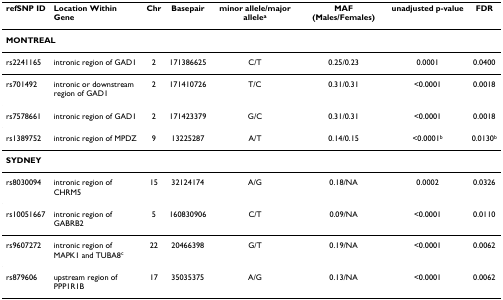
<table><thead><tr><td><b>refSNP ID</b></td><td><b>Location Within Gene</b></td><td><b>Chr</b></td><td><b>Basepair</b></td><td><b>minor allele/major allele<sup>a</sup></b></td><td><b>MAF (Males/Females)</b></td><td><b>unadjusted p-value</b></td><td><b>FDR</b></td></tr></thead><tbody><tr><td colspan="8"><b>MONTREAL</b></td></tr><tr><td>rs2241165</td><td>intronic region of GAD1</td><td>2</td><td>171386625</td><td>C/T</td><td>0.25/0.23</td><td>0.0001</td><td>0.0400</td></tr><tr><td>rs701492</td><td>intronic or downstream region of GAD1</td><td>2</td><td>171410726</td><td>T/C</td><td>0.31/0.31</td><td>&lt;0.0001</td><td>0.0018</td></tr><tr><td>rs7578661</td><td>intronic region of GAD1</td><td>2</td><td>171423379</td><td>G/C</td><td>0.31/0.31</td><td>&lt;0.0001</td><td>0.0018</td></tr><tr><td>rs1389752</td><td>intronic region of MPDZ</td><td>9</td><td>13225287</td><td>A/T</td><td>0.14/0.15</td><td>&lt;0.0001<sup>b</sup></td><td>0.0130<sup>b</sup></td></tr><tr><td colspan="8"><b>SYDNEY</b></td></tr><tr><td>rs8030094</td><td>intronic region of CHRM5</td><td>15</td><td>32124174</td><td>A/G</td><td>0.18/NA</td><td>0.0002</td><td>0.0326</td></tr><tr><td>rs10051667</td><td>intronic region of GABRB2</td><td>5</td><td>160830906</td><td>C/T</td><td>0.09/NA</td><td>&lt;0.0001</td><td>0.0110</td></tr><tr><td>rs9607272</td><td>intronic region of MAPK1 and TUBA8<sup>c</sup></td><td>22</td><td>20466398</td><td>G/T</td><td>0.19/NA</td><td>&lt;0.0001</td><td>0.0062</td></tr><tr><td>rs879606</td><td>upstream region of PPP1R1B</td><td>17</td><td>35035375</td><td>A/G</td><td>0.13/NA</td><td>&lt;0.0001</td><td>0.0062</td></tr></tbody></table>